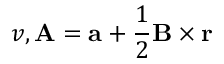
v , \mathbf { A } = \mathbf { a } + \frac { 1 } { 2 } \mathbf { B } \times \mathbf { r }